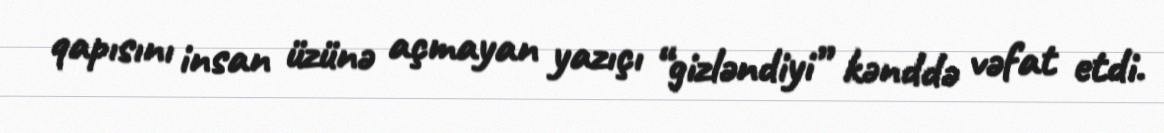
qapısını insan üzünə açmayan yazıçı “gizləndiyi” kənddə vəfat etdi.